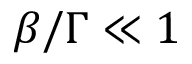
\beta / \Gamma \ll 1